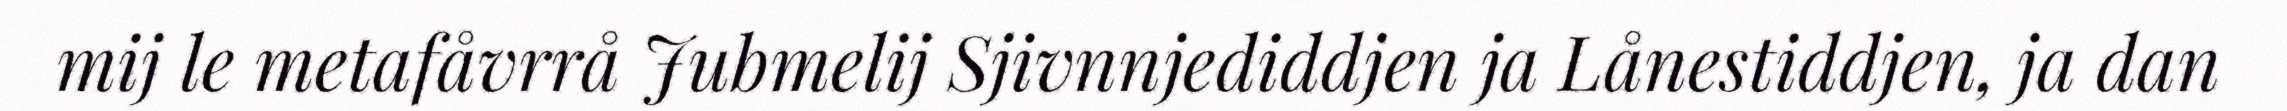
mij le metafåvrrå Jubmelij Sjivnnjediddjen ja Lånestiddjen, ja dan